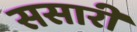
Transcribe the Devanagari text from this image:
ससारी